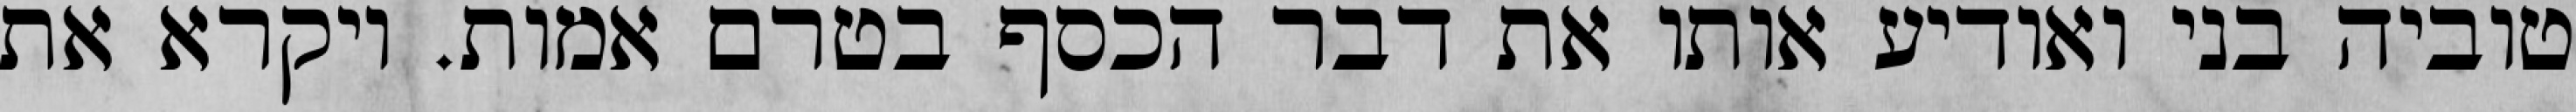
טוביה בני ואודיע אותו את דבר הכסף בטרם אמות. ויקרא את